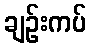
ချဉ်းကပ်